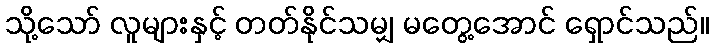
သို့သော် လူများနှင့် တတ်နိုင်သမျှ မတွေ့အောင် ရှောင်သည်။